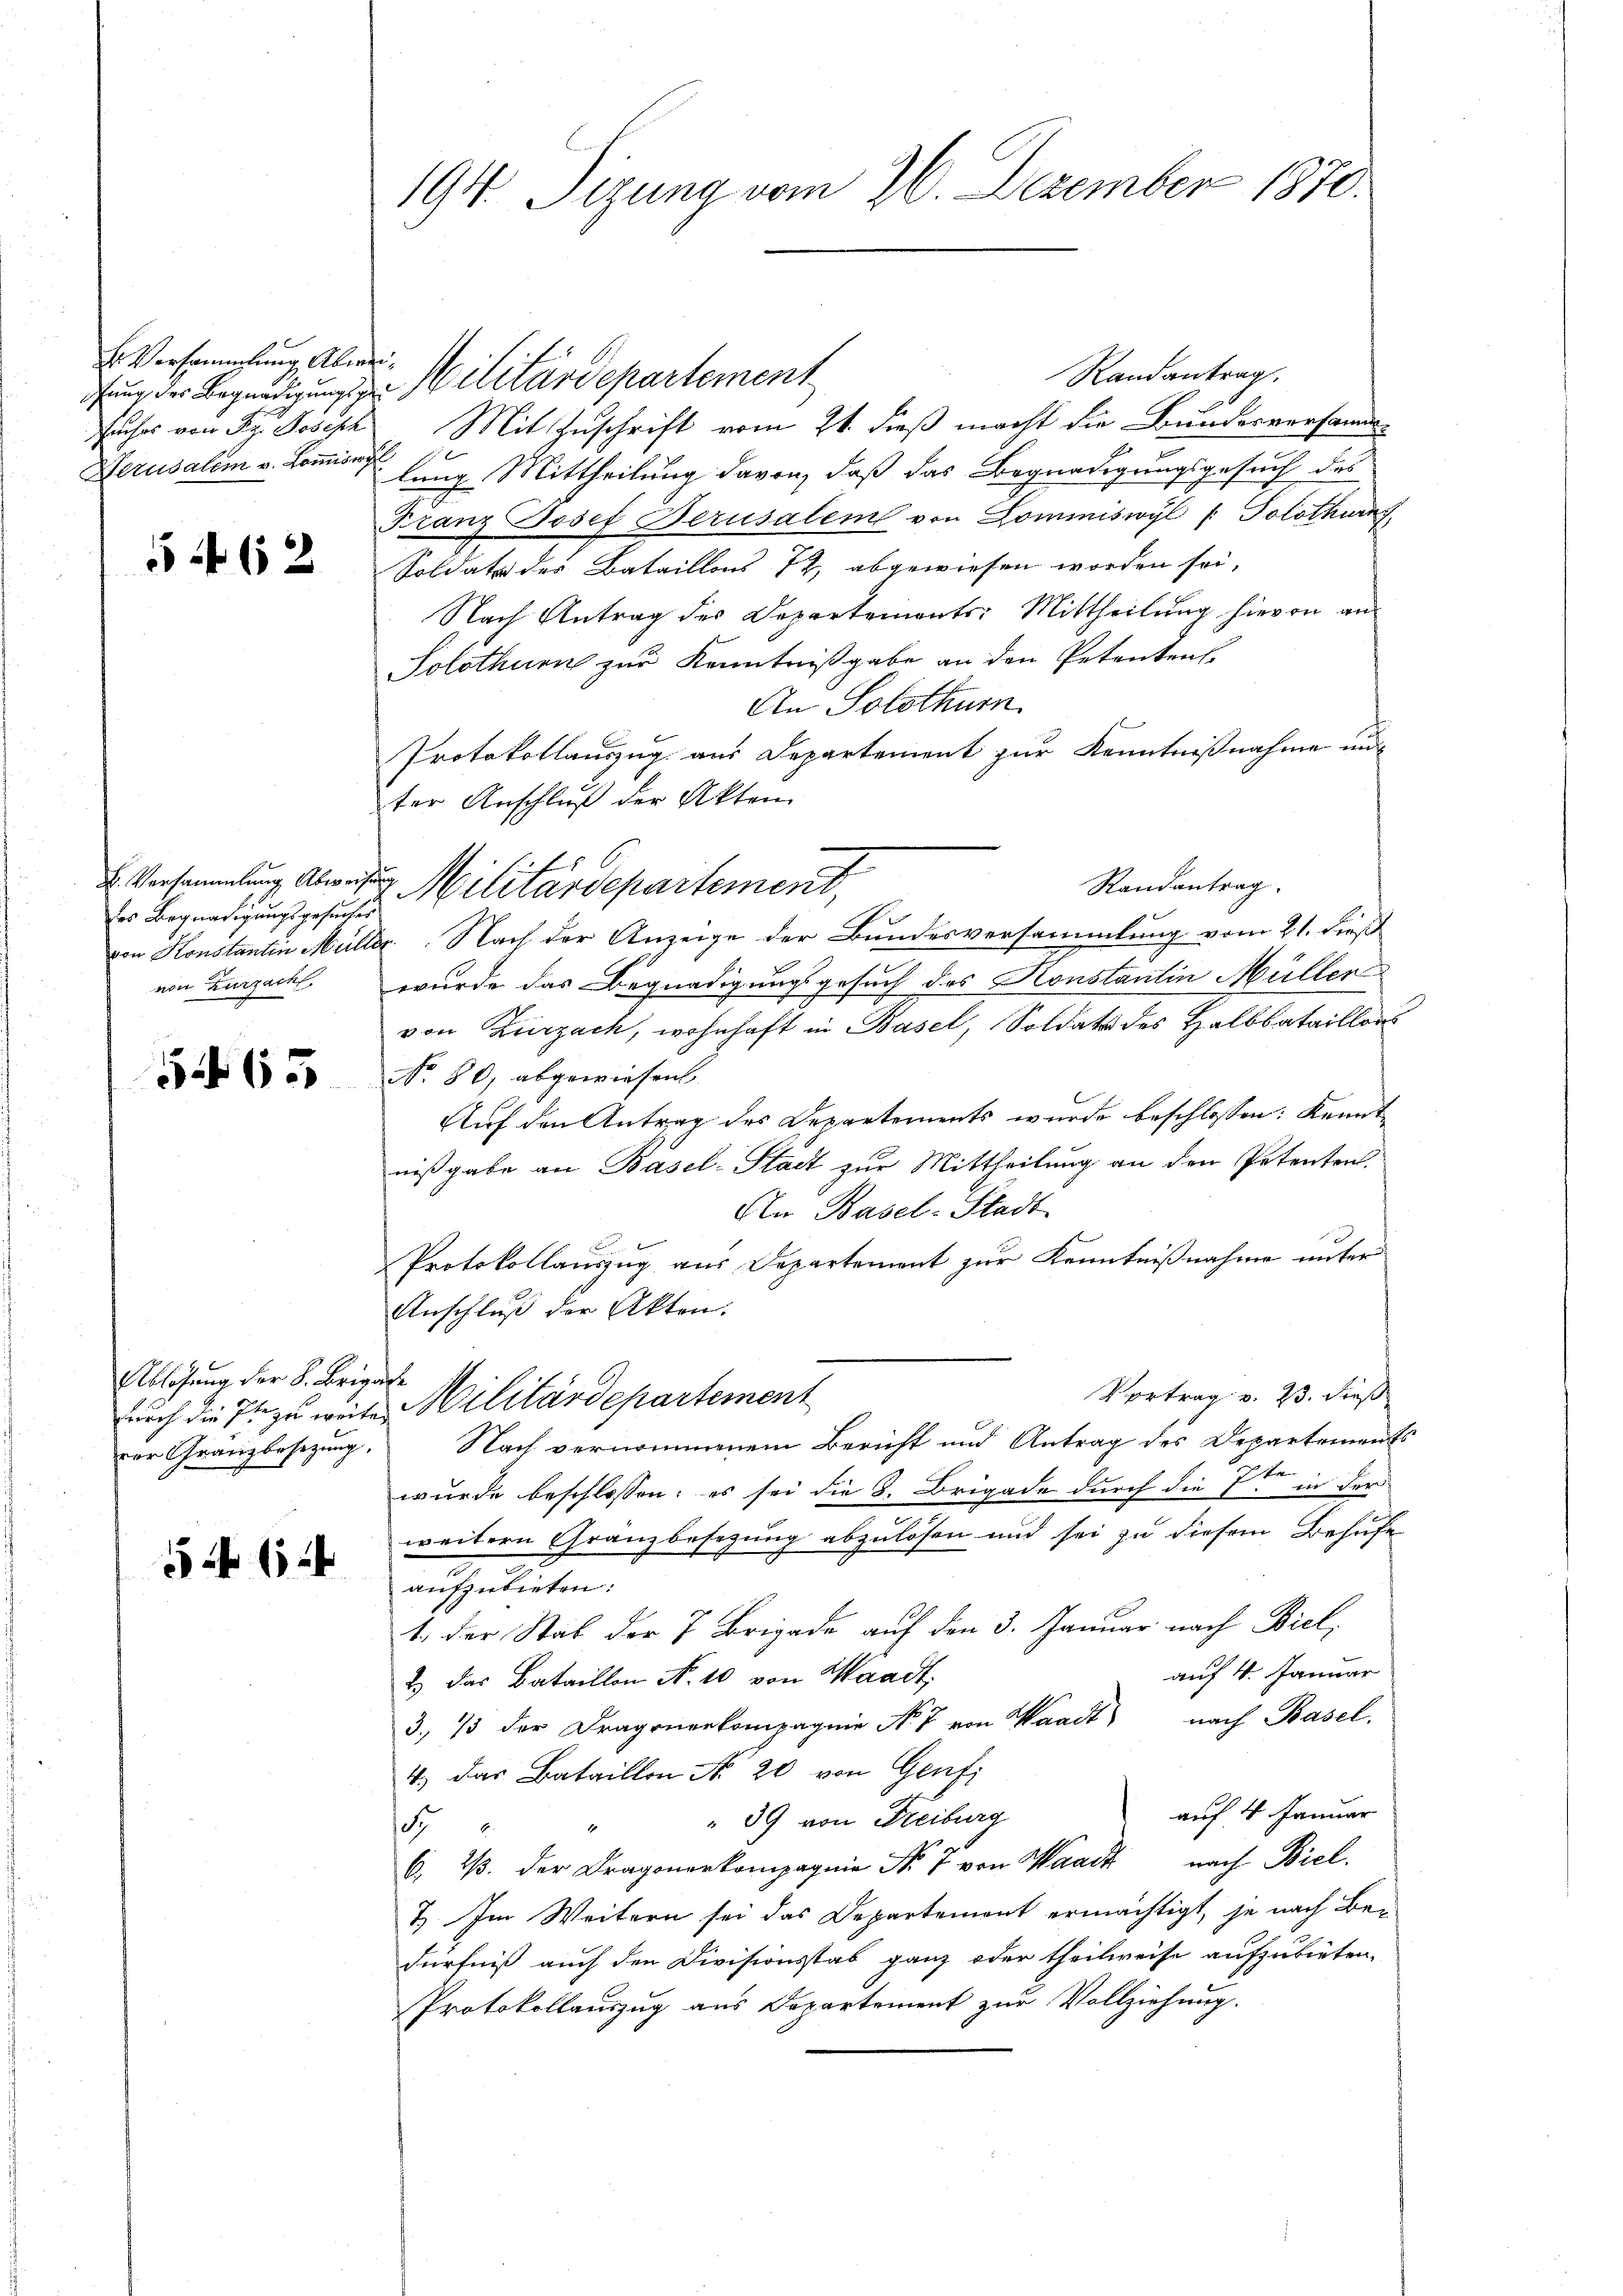
Er Versammlung Abwei¬
Felches von Frz. Joseph
Derusalem v. Kommiswal

f 6 x

es Begnadigungsgesuches
von Zurzach,

565

Ablösung der S. Brigachte

5 f 12

194. Sitzung vom 26. Dezember 1870.

Randantrag.
dung der Begnadigung zu Militärdepartement
Mit Zuschrift vom 21. dieß macht die Bundesversamm-
lung Mittheilung davon, daß das Begnadigungsgesuch des
Franz Josef Berusalem von Commiswyl (: Solothurn
Soldate der Bataillons 72, abgewiesen worden sei,
Nach Antrag des Departements: Mittheilung hievon an
Solothurn zur Kenntnißgabe an den Petenten.
An Solothurn
Protokollauszug aus Departement zur Kenntnißnahme un
ter Anschluß der Akten
. Versammlung Abweisung Militärdepartement,
von Konstantin Müller. Nach der Anzeige der Bundesversammlung vom 21. dieß
wurde das Begnadigungsgesuch des Konstantin Müller
von Zurzach, wohnhaft in Basel, Soldate des Halbbataillons
No. 80, abgewiesen.
Auf den Antrag des Departements wurde beschlossen: Kennt
nißgabe an Basel-Stadt zur Mittheilung an den Petenten.
An Basel-Stadt
Protokollauszug aus Departement zur Kenntnißnahme unter
Anschluß der Akten.
Vortrag v. 23. dieß
durch die Fr. zu weite Militärdepartement
zur Gränzbesezung. Nach vernommenem Bericht und Antrag des Departements
wurde beschlossen: es sei die 8. Brigade durch die 7ten in der
weitern Gränzbesetzung abzulösen und sei zu diesem Behufe
aufzubieten:
1. Der Stab der 7 Brigade auf den 3. Januar nach Biel,
auf 4. Januar
2.) Das Bataillon N. 10 von Waadt,
3, 73 der Dragonerkompagnie No 7 von Waadt nach Basel.
4, das Bataillon No. 20 von Genfi
auf 4 Januar
39 von Freiburg
d
6, 2. der Dragonerkompagnie Nr. 7 von Waadt nach Biel
7). Im Weitern sei das Departement ermächtigt, je nach Ber
dürfniß auch den Divisionsstab ganz oder theilweise aufzubieten,
Protokollauszug aus Departement zur Vollziehung.

Randantrag.